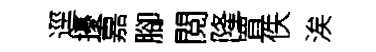
逕擾嘉腳閲隆罝佚涘